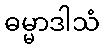
ဓမ္မာဒါသံ